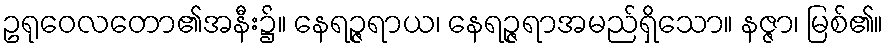
ဥရုဝေလတော၏အနီး၌။ နေရဉ္ဇရာယ၊ နေရဉ္ဇရာအမည်ရှိသော။ နဇ္ဇာ၊ မြစ်၏။